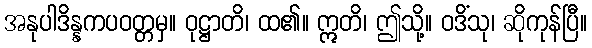
အနုပါဒိန္နကပဝတ္တမှ။ ဝုဋ္ဌာတိ၊ ထ၏။ ဣတိ၊ ဤသို့။ ဝဒိံသု၊ ဆိုကုန်ပြီ။